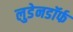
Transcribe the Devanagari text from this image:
लुडेनडॉर्फ